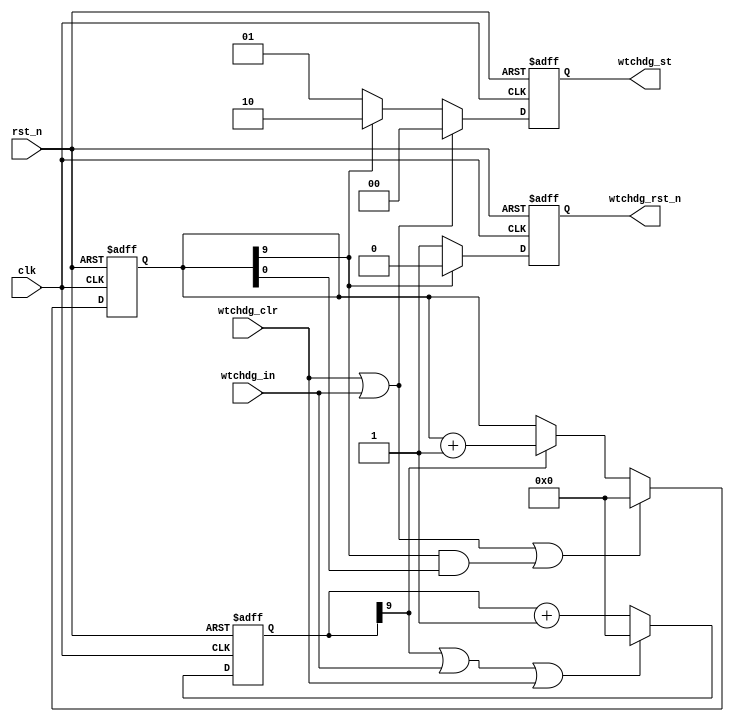
// This program was cloned from: https://github.com/flytt-away/FPGA-Video-Capture
// License: MIT License

///////////////////////////////////////////////////////////////////////////////
//
// Copyright (c) 2019 PANGO MICROSYSTEMS, INC
// ALL RIGHTS REVERVED.
//
// THE SOURCE CODE CONTAINED HEREIN IS PROPRIETARY TO PANGO MICROSYSTEMS, INC.
// IT SHALL NOT BE REPRODUCED OR DISCLOSED IN WHOLE OR IN PART OR USED BY
// PARTIES WITHOUT WRITTEN AUTHORIZATION FROM THE OWNER.
//
///////////////////////////////////////////////////////////////////////////////
//
// Library:
// Filename:
///////////////////////////////////////////////////////////////////////////////
`timescale 1ns/1ps
module ipml_hsst_rst_wtchdg_v1_0 #(
    parameter ACTIVE_HIGH        = 0,  // 0 : active@low, 1 : active@high
    parameter WTCHDG_CNTR1_WIDTH = 10, //(2**(WTCHDG_CNTR1_WIDTH-1)) = 512
    parameter WTCHDG_CNTR2_WIDTH = 10  //watchdog time = (2**(WTCHDG_CNTR2_WIDTH-1))*(2**(WTCHDG_CNTR1_WIDTH-1)) = 256k;
                                       //watchdog reset length = (2**(WTCHDG_CNTR1_WIDTH-1))
)(
    input   wire                             clk,
    input   wire                             rst_n,
    input   wire                             wtchdg_clr,
    input   wire                             wtchdg_in,
    output  reg                              wtchdg_rst_n,
    output  reg      [1    :0]               wtchdg_st
);

wire                              wtchdg_in_mux;
reg     [WTCHDG_CNTR1_WIDTH-1:0]  cnt_1;
reg     [WTCHDG_CNTR2_WIDTH-1:0]  cnt_2;

assign wtchdg_in_mux = (ACTIVE_HIGH == 1'b1) ? ~wtchdg_in : wtchdg_in;

always@(posedge clk or negedge rst_n)
begin
    if (!rst_n)
    begin
        cnt_1 <= {WTCHDG_CNTR1_WIDTH{1'b0}};
    end
    else if(cnt_1[WTCHDG_CNTR1_WIDTH-1] | wtchdg_in_mux | wtchdg_clr)
    begin
        cnt_1 <= {WTCHDG_CNTR1_WIDTH{1'b0}};
    end
    else
    begin
        cnt_1 <= cnt_1 + { {(WTCHDG_CNTR1_WIDTH-1){1'b0}}, 1'b1};
    end
end

always@(posedge clk or negedge rst_n)
begin
    if (!rst_n)
    begin
        cnt_2 <= {WTCHDG_CNTR2_WIDTH{1'b0}};
    end
    else if(wtchdg_clr | wtchdg_in_mux | (cnt_2[WTCHDG_CNTR2_WIDTH-1] & cnt_2[0]) )
    begin
        cnt_2 <= {WTCHDG_CNTR2_WIDTH{1'b0}};
    end
    else if(cnt_1[WTCHDG_CNTR1_WIDTH-1])
    begin
        cnt_2 <= cnt_2 + { {(WTCHDG_CNTR2_WIDTH-1){1'b0}}, 1'b1};
    end
end

always@(posedge clk or negedge rst_n)
begin
    if (!rst_n)
    begin
        wtchdg_rst_n <= 1'b1;
    end
    else if(cnt_2[WTCHDG_CNTR2_WIDTH-1])
    begin
        wtchdg_rst_n <= 1'b0;
    end
    else
    begin
        wtchdg_rst_n <= 1'b1;
    end
end

always@(posedge clk or negedge rst_n)
begin
    if (!rst_n)
        wtchdg_st <= 2'b0;
    else if(wtchdg_in_mux | wtchdg_clr)
        wtchdg_st <= 2'b0; //Waiting
    else if(cnt_2[WTCHDG_CNTR2_WIDTH-1])
        wtchdg_st <= 2'b10;//Alarming
    else
        wtchdg_st <= 2'b01;//Counting
end

endmodule